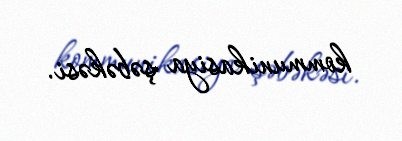
kommunikasiya şəbəkəsi.